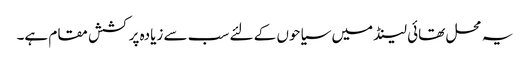
یہ محل تھائی لینڈ میں سیاحوں کے لئے سب سے زیادہ پرکشش مقام ہے۔